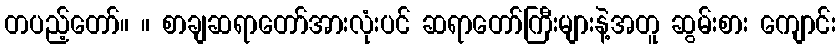
တပည့်တော်။ ။ စာချဆရာတော်အားလုံးပင် ဆရာတော်ကြီးများနဲ့အတူ ဆွမ်းစား ကျောင်း